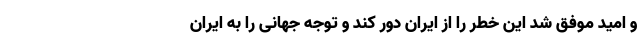
و امید موفق شد این خطر را از ایران دور کند و توجه جهانی را به ایران